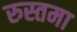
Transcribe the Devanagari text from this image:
रुस्तमा